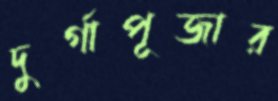
দুর্গাপূজার